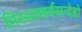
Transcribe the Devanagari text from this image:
निरस्तसर्वसन्देहो